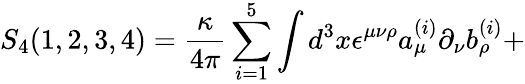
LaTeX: S_{4}(1,2,3,4)={\frac{\kappa}{4\pi}}\sum_{i=1}^{5}\int d^{3}x\epsilon^{\mu\nu\rho}a_{\mu}^{(i)}\partial_{\nu}b_{\rho}^{(i)}+